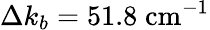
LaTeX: \Delta k_{b}=51.8\; \textrm{cm}^{-1}